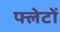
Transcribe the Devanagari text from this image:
फ्लेटों